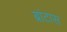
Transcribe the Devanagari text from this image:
ब्रांटास